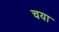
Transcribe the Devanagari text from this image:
चया